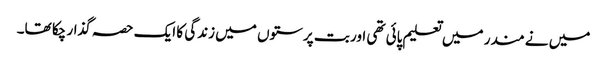
میں نے مندر میں تعلیم پائی تھی اور بت پرستوں میں زندگی کا ایک حصہ گذار چکا تھا۔